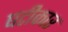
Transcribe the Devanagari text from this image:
घटीकार